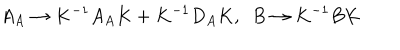
LaTeX: A _ { A } \to K ^ { - 1 } A _ { A } K + K ^ { - 1 } D _ { A } K , ~ ~ B \to K ^ { - 1 } B K